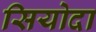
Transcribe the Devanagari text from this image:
सियोदा